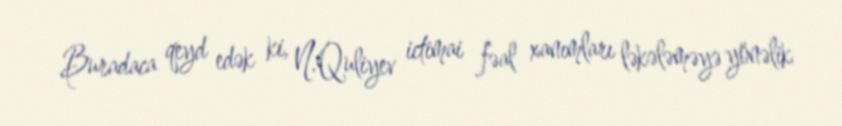
Buradaca qeyd edək ki, N.Quliyev ictimai fəal xanımları ləkələməyə yönəlik